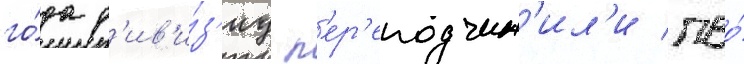
го́да д'ив'и́з'иу п'ер'еподчин'ил'и пво́